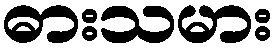
ဓားသမား